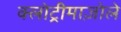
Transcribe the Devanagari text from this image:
क्लोट्रीमाज़ोले